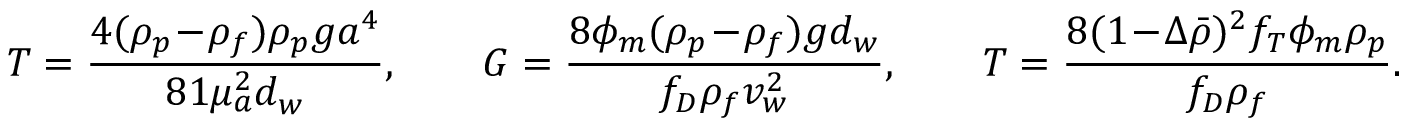
{ \cal T } = \frac { 4 ( \rho _ { p } \! - \! \rho _ { f } ) \rho _ { p } g a ^ { 4 } } { 8 1 \mu _ { a } ^ { 2 } d _ { w } } , \qquad G = \frac { 8 \phi _ { m } ( \rho _ { p } \! - \! \rho _ { f } ) g d _ { w } } { f _ { D } \rho _ { f } v _ { w } ^ { 2 } } , \qquad T = \frac { 8 ( 1 \! - \! \Delta \bar { \rho } ) ^ { 2 } f _ { T } \phi _ { m } \rho _ { p } } { f _ { D } \rho _ { f } } .